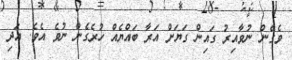
ވެގެން ނުވާއިރު ގައިން ގަޔަށް އަރާ ބައްޔެއް ހުރެގެން ނުވެ އެވެ. އަދި